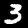
Digit: 3